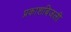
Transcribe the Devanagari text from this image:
प्रकाशबिजली